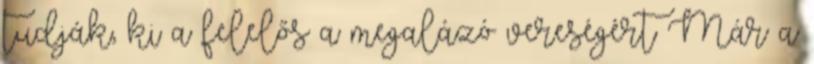
tudják, ki a felelős a megalázó vereségért Már a